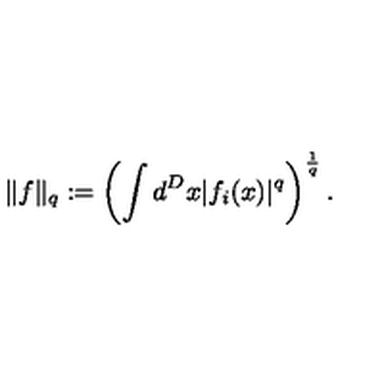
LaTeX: \| f \| _ { q } : = \left( \int d ^ { D } x | f _ { i } ( x ) | ^ { q } \right) ^ { \frac { 1 } { q } } .